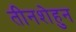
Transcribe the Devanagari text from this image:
तीनशेहुन